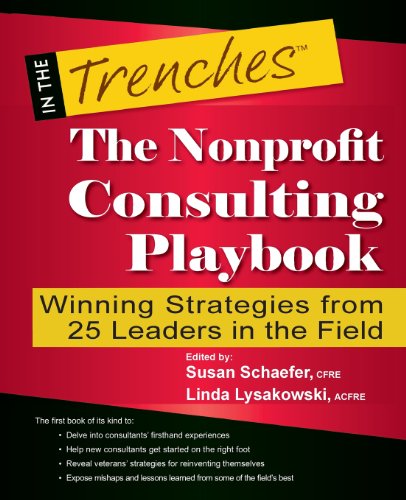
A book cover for The Nonprofit Consulting Playbook: Winning Strategies from 25 Leaders in the Field (In the Trenches); Susan Schaefer; Business & Money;